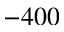
- 4 0 0